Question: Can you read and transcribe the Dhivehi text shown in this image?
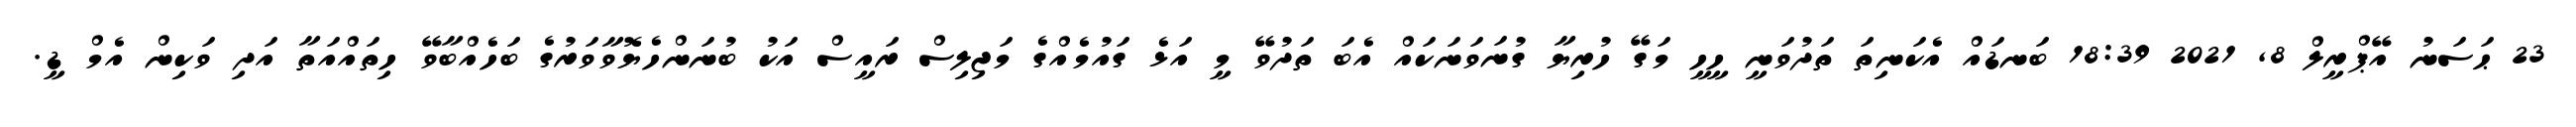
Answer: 23 ޙަސަނު އޭޕްރީލް 8, 2021 18:39 ބަނޑައް އެކަނިތަ ތަދުވަނީ ހީހީ މަގޭ ހުރިޔާ ގުނަވަނަކައް އެބަ ތަދުވޭ މީ އަޅެ ގައުމެއްގެ މަޖިލިސް ރައީސް އަކު ބުނަންހެޔޮވާވަރުގެ ބަހެއްބާވޭ ހިތައްއަތާ އަދި ވަކިން އެމް ޑީ.